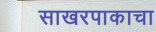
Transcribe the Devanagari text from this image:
साखरपाकाचा